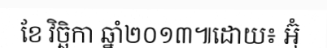
ខែ វិច្ឆិកា ឆ្នាំ២០១៣៕ដោយ៖ អ៊ុំ